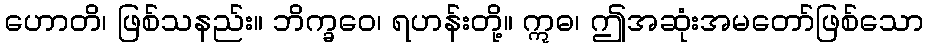
ဟောတိ၊ ဖြစ်သနည်း။ ဘိက္ခဝေ၊ ရဟန်းတို့။ ဣဓ၊ ဤအဆုံးအမတော်ဖြစ်သော